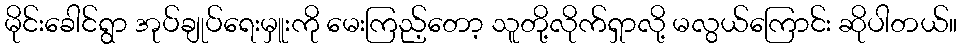
မိုင်းခေါင်ရွာ အုပ်ချုပ်ရေးမှူးကို မေးကြည့်တော့ သူတို့လိုက်ရှာလို့ မလွယ်ကြောင်း ဆိုပါတယ်။